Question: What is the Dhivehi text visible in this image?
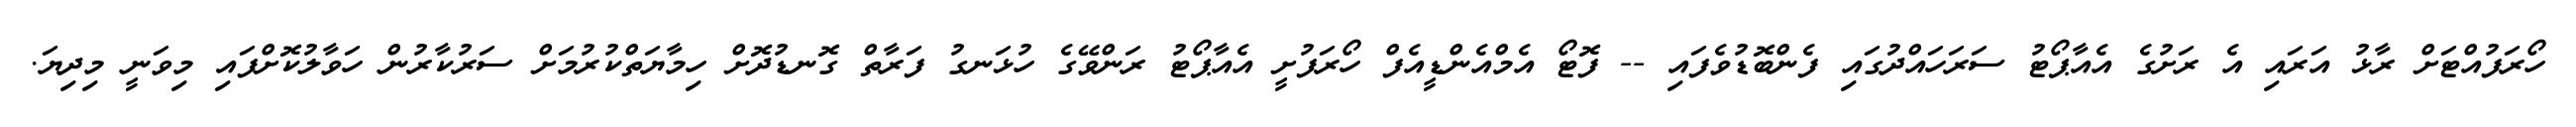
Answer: ހޯރަފުއްޓަށް ރާޅު އަރައި އެ ރަށުގެ އެއާޕޯޓު ސަރަހައްދުގައި ފެންބޮޑުވެފައި -- ފޮޓޯ އެމްއެންޑީއެފް ހޯރަފުށީ އެއާޕޯޓު ރަންވޭގެ ހުޅަނގު ފަރާތް ގޮނޑުދޮށް ހިމާޔަތްކުރުމަށް ސަރުކާރުން ހަވާލުކޮށްފައި މިވަނީ މިދިޔަ.